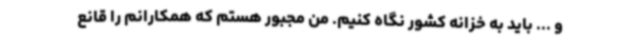
و ... باید به خزانه کشور نگاه کنیم. من مجبور هستم که همکارانم را قانع